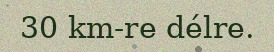
30 km-re délre.